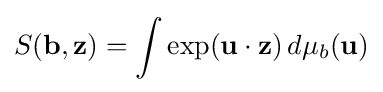
S(\mathbf {b} ,\mathbf {z} )=\int \exp(\mathbf {u} \cdot \mathbf {z} )\,d\mu _{b}(\mathbf {u} )